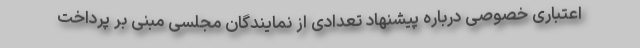
اعتباری خصوصی درباره پیشنهاد تعدادی از نمایندگان مجلسی مبنی بر پرداخت